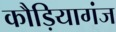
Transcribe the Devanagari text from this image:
कौड़ियागंज